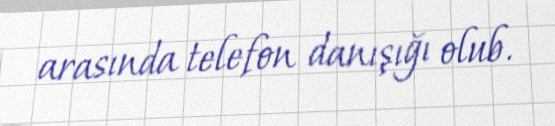
arasında telefon danışığı olub.